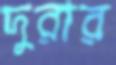
দুরার